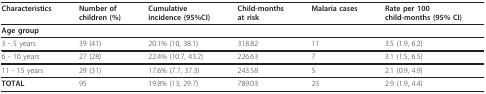
| Characteristics | Number of children (%) | Cumulative incidence (95%CI) | Child-months at risk | Malaria cases | Rate per 100 child-months (95% CI) |
 | --- | --- | --- | --- | --- | --- |
 | Age group |  |  |  |  |  |
 | 3 - 5 years | 39 (41) | 20.1% (10, 38.1) | 318.82 | 11 | 3.5 (1.9, 6.2) |
 | 6 - 10 years | 27 (28) | 22.4% (10.7, 43.2) | 226.63 | 7 | 3.1 (1.5, 6.5) |
 | 11 - 15 years | 29 (31) | 17.6% (7.7, 37.3) | 243.58 | 5 | 2.1 (0.9, 4.9) |
 | TOTAL | 95 | 19.8% (13, 29.7) | 789.03 | 23 | 2.9 (1.9, 4.4) |